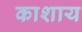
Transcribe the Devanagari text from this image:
काशाय